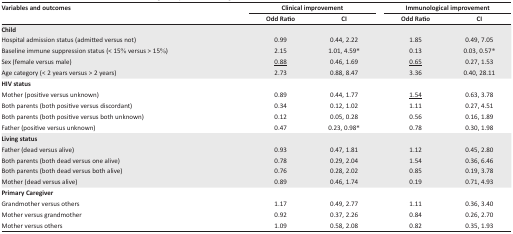
<table><thead><tr><td><b>Variables and outcomes</b></td><td colspan="2"><b>Clinical improvement</b></td><td colspan="2"><b>Immunological improvement</b></td></tr><tr><td></td><td><b>Odd Ratio</b></td><td><b>CI</b></td><td><b>Odd Ratio</b></td><td><b>CI</b></td></tr></thead><tbody><tr><td><b>Child</b></td><td></td><td></td><td></td><td></td></tr><tr><td>Hospital admission status (admitted versus not)</td><td>0.99</td><td>0.44, 2.22</td><td>1.85</td><td>0.49, 7.05</td></tr><tr><td>Baseline immune suppression status (&lt; 15% versus &gt; 15%)</td><td>2.15</td><td>1.01, 4.59*</td><td>0.13</td><td>0.03, 0.57*</td></tr><tr><td>Sex (female versus male)</td><td><underline>0.88</underline></td><td>0.46, 1.69</td><td><underline>0.65</underline></td><td>0.27, 1.53</td></tr><tr><td>Age category (&lt; 2 years versus &gt; 2 years)</td><td>2.73</td><td>0.88, 8.47</td><td>3.36</td><td>0.40, 28.11</td></tr><tr><td><b>HIV status</b></td><td></td><td></td><td></td><td></td></tr><tr><td>Mother (positive versus unknown)</td><td>0.89</td><td>0.44, 1.77</td><td><underline>1.54</underline></td><td>0.63, 3.78</td></tr><tr><td>Both parents (both positive versus discordant)</td><td>0.34</td><td>0.12, 1.02</td><td>1.11</td><td>0.27, 4.51</td></tr><tr><td>Both parents (both positive versus both unknown)</td><td>0.12</td><td>0.05, 0.28</td><td>0.56</td><td>0.16, 1.89</td></tr><tr><td>Father (positive versus unknown)</td><td>0.47</td><td>0.23, 0.98*</td><td>0.78</td><td>0.30, 1.98</td></tr><tr><td><b>Living status</b></td><td></td><td></td><td></td><td></td></tr><tr><td>Father (dead versus alive)</td><td>0.93</td><td>0.47, 1.81</td><td>1.12</td><td>0.45, 2.80</td></tr><tr><td>Both parents (both dead versus one alive)</td><td>0.78</td><td>0.29, 2.04</td><td>1.54</td><td>0.36, 6.46</td></tr><tr><td>Both parents (both dead versus both alive)</td><td>0.76</td><td>0.28, 2.02</td><td>0.85</td><td>0.19, 3.78</td></tr><tr><td>Mother (dead versus alive)</td><td>0.89</td><td>0.46, 1.74</td><td>0.19</td><td>0.71, 4.93</td></tr><tr><td><b>Primary Caregiver</b></td><td></td><td></td><td></td><td></td></tr><tr><td>Grandmother versus others</td><td>1.17</td><td>0.49, 2.77</td><td>1.11</td><td>0.36, 3.40</td></tr><tr><td>Mother versus grandmother</td><td>0.92</td><td>0.37, 2.26</td><td>0.84</td><td>0.26, 2.70</td></tr><tr><td>Mother versus others</td><td>1.09</td><td>0.58, 2.08</td><td>0.82</td><td>0.35, 1.93</td></tr></tbody></table>